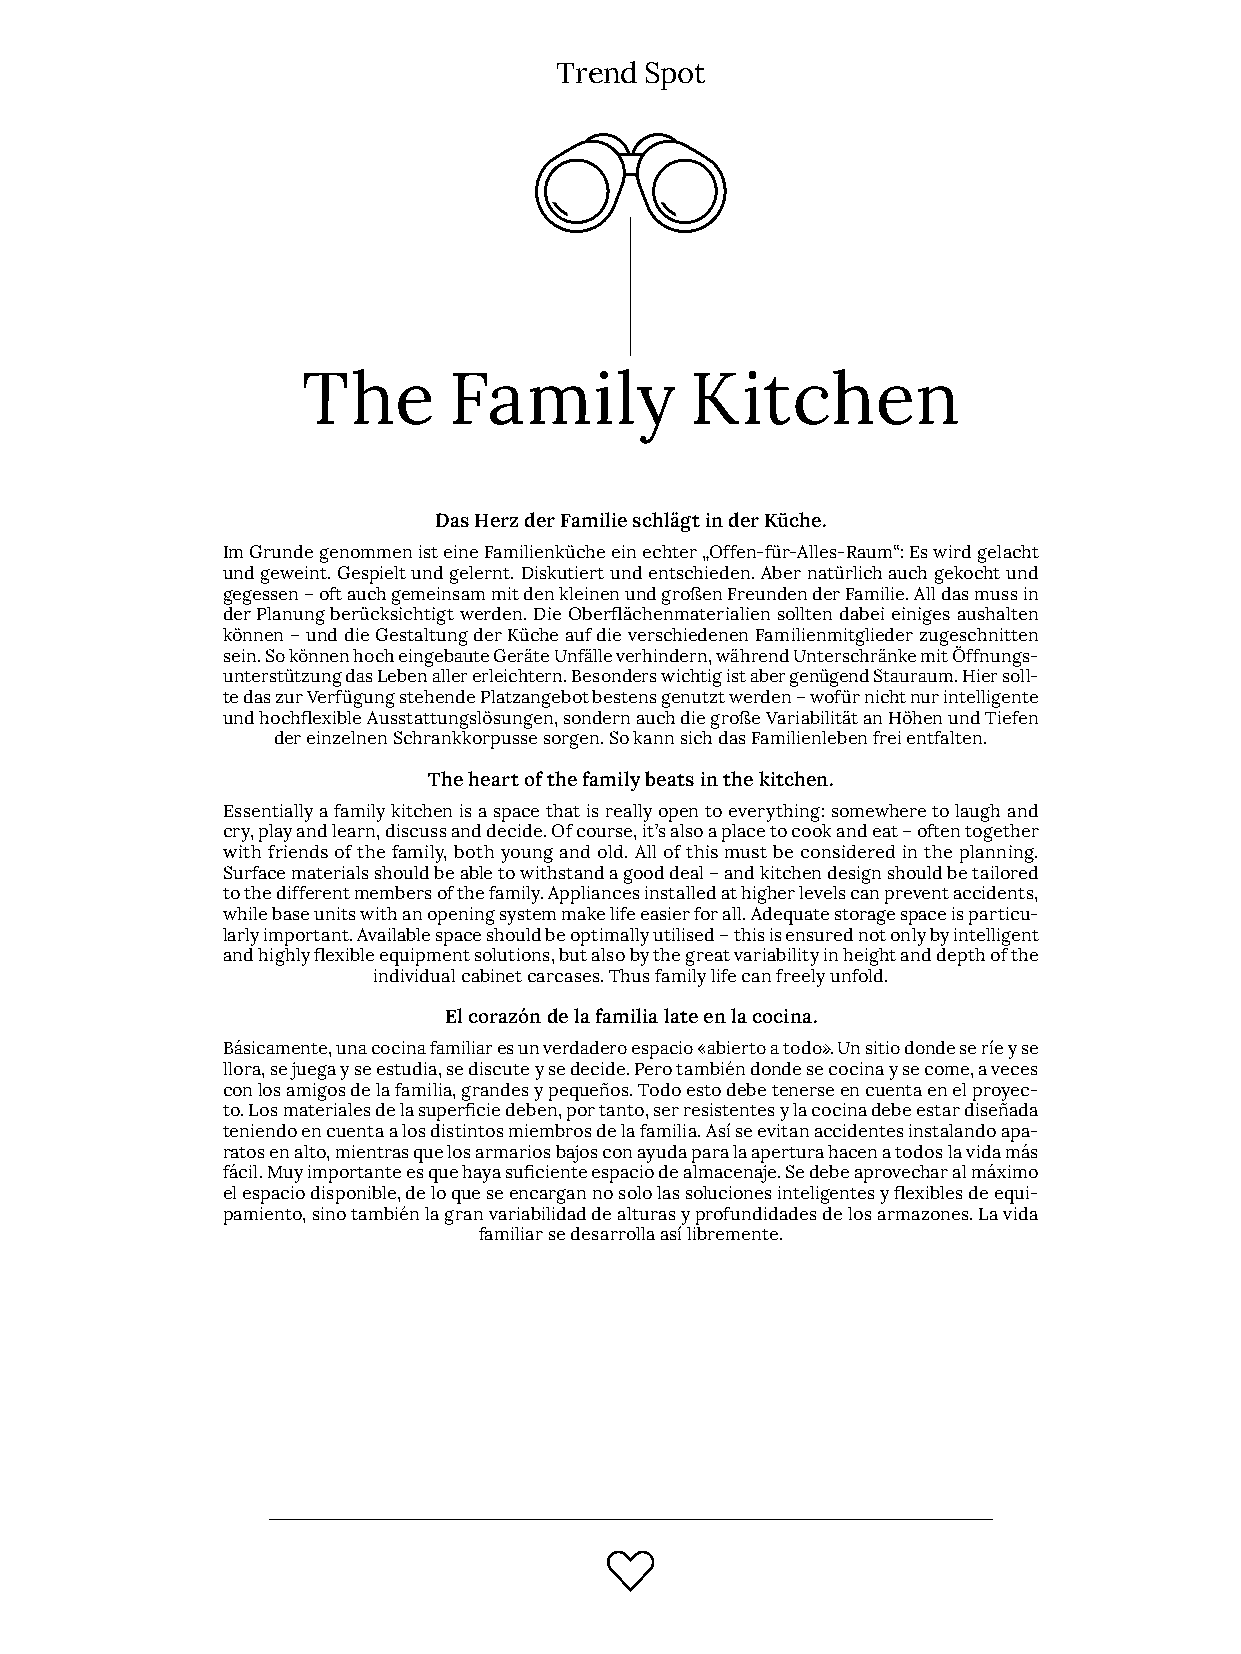
Trend Spot
 The       Family          Kitchen
 Das Herz der Familie schlägt in der Küche.
 Im Grunde genommen ist eine Familienküche ein echter „Offen­für­Alles­Raum“: Es wird gelacht
 und geweint. Gespielt und gelernt. Diskutiert und entschieden. Aber natürlich auch gekocht und
 gegessen – oft auch gemeinsam mit den kleinen und großen Freunden der Familie. All das muss in
 der Planung berücksichtigt werden. Die Oberflächenmaterialien sollten dabei einiges aushalten
 können – und die Gestaltung der Küche auf die verschiedenen Familienmitglieder zugeschnitten
 sein. So können hoch eingebaute Geräte Unfälle verhindern, während Unterschränke mit Öffnungs­
 unterstützung das Leben aller erleichtern. Besonders wichtig ist aber genügend Stauraum. Hier soll­
 te das zur Verfügung stehende Platzangebot bestens genutzt werden – wofür nicht nur intelligente
 und hochflexible Ausstattungslösungen, sondern auch die große Variabilität an Höhen und Tiefen
 der einzelnen Schrankkorpusse sorgen. So kann sich das Familienleben frei entfalten.
 The heart of the family beats in the kitchen.
 Essentially a family kitchen is a space that is really open to everything: somewhere to laugh and
 cry, play and learn, discuss and decide. Of course, it’s also a place to cook and eat – often together
 with friends of the family, both young and old. All of this must be considered in the planning.
 Surface materials should be able to withstand a good deal – and kitchen design should be tailored
 to the different members of the family. Appliances installed at higher levels can prevent accidents,
 while base units with an opening system make life easier for all. Adequate storage space is particu­
 larly important. Available space should be optimally utilised – this is ensured not only by intelligent
 and highly flexible equipment solutions, but also by the great variability in height and depth of the
 individual cabinet carcases. Thus family life can freely unfold.
 El corazón de la familia late en la cocina.
 Básicamente, una cocina familiar es un verdadero espacio «abierto a todo». Un sitio donde se ríe y se
 llora, se juega y se estudia, se discute y se decide. Pero también donde se cocina y se come, a veces
 con los amigos de la familia, grandes y pequeños. Todo esto debe tenerse en cuenta en el proyec­
 to. Los materiales de la superficie deben, por tanto, ser resistentes y la cocina debe estar diseñada
 teniendo en cuenta a los distintos miembros de la familia. Así se evitan accidentes instalando apa­
 ratos en alto, mientras que los armarios bajos con ayuda para la apertura hacen a todos la vida más
 fácil. Muy importante es que haya suficiente espacio de almacenaje. Se debe aprovechar al máximo
 el espacio disponible, de lo que se encargan no solo las soluciones inteligentes y flexibles de equi­
 pamiento, sino también la gran variabilidad de alturas y profundidades de los armazones. La vida
 familiar se desarrolla así libremente.